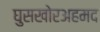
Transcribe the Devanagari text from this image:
घुसखोरअहमद